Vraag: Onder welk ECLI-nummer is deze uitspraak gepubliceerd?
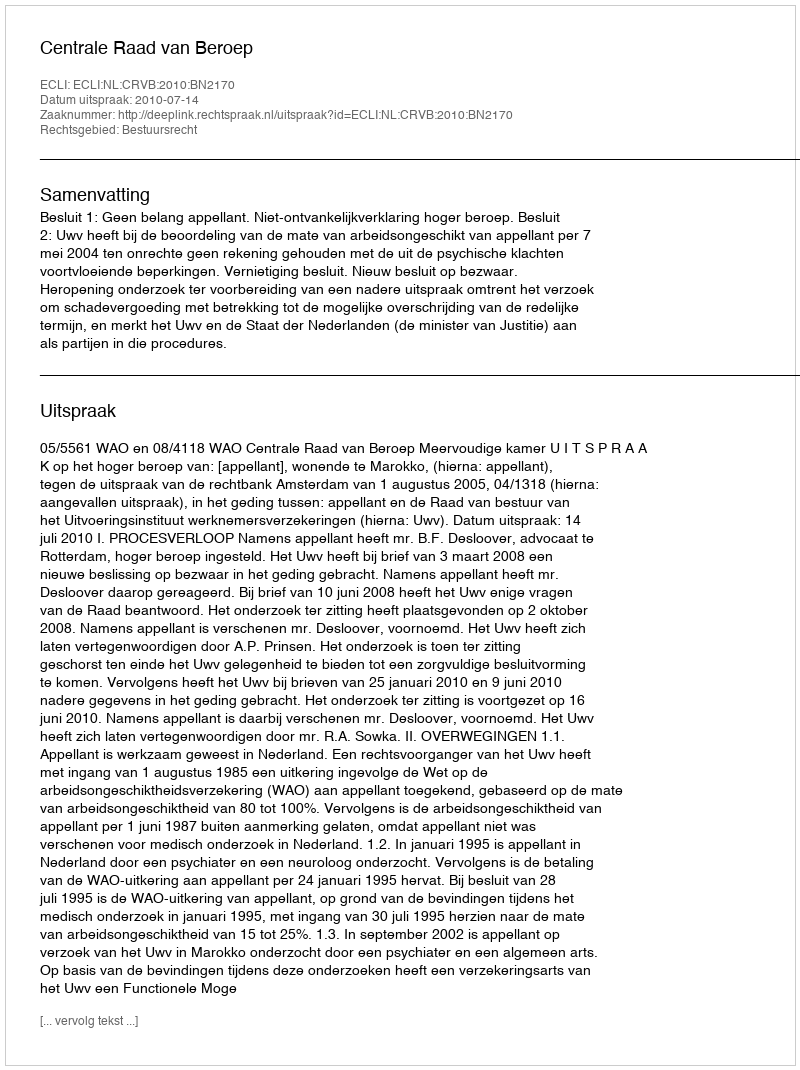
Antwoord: ECLI:NL:CRVB:2010:BN2170